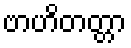
ဗာဟိတတ္တာ